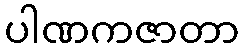
ပါဏကဇာတာ